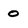
Character: O